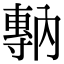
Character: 𡭇